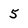
Character: 5